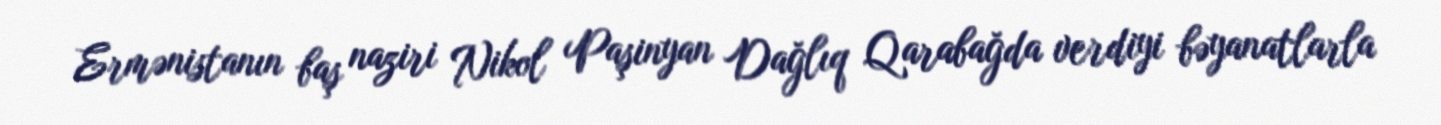
Ermənistanın baş naziri Nikol Paşinyan Dağlıq Qarabağda verdiyi bəyanatlarla